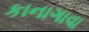
કાનાગાવા